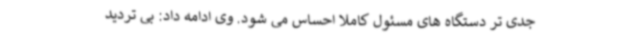
جدی تر دستگاه های مسئول کاملا احساس می شود. وی ادامه داد: بی تردید